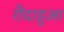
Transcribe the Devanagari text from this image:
रौंदाहुआ